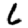
Digit: 6